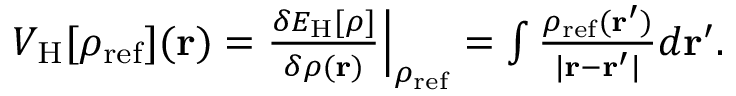
\begin{array} { r } { V _ { \mathrm { H } } [ \rho _ { \mathrm { r e f } } ] ( { \bf r } ) = \frac { \delta E _ { \mathrm { H } } [ \rho ] } { \delta \rho ( { \bf r } ) } \Big \vert _ { \rho _ { \mathrm { r e f } } } = \int \frac { \rho _ { \mathrm { r e f } } ( { \bf r ^ { \prime } } ) } { \vert { \bf r - r ^ { \prime } } \vert } d { \bf r ^ { \prime } } . } \end{array}